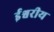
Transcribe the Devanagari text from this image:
र्इश्वरीय